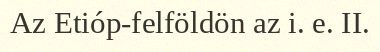
Az Etióp-felföldön az i. e. II.